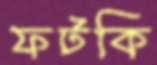
ফটকি